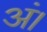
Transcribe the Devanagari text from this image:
अं।